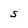
Character: S